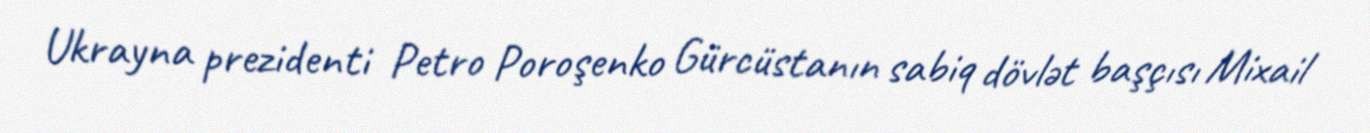
Ukrayna prezidenti Petro Poroşenko Gürcüstanın sabiq dövlət başçısı Mixail